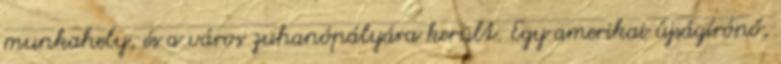
munkahely, és a város zuhanópályára került. Egy amerikai újságírónő,